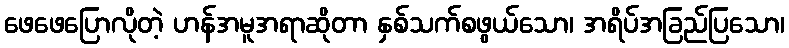
ဖေဖေပြောလိုတဲ့ ဟန်အမူအရာဆိုတာ နှစ်သက်စဖွယ်သော၊ အရိပ်အခြည်ပြသော၊